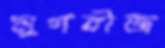
মুগবীজ